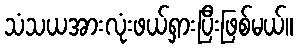
သံသယအားလုံးဖယ်ရှားပြီးဖြစ်မယ်။